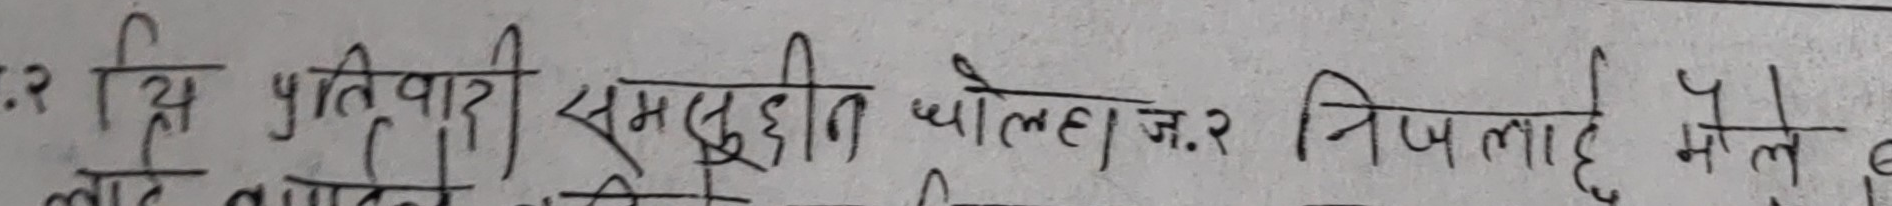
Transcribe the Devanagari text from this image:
स्य २ प्रतिवादी समृद्धीन घोलहा ज. २ निज लाहे मोले